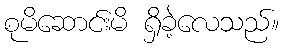
စုမိဆောင်းမိ ရှိခဲ့လေသည်။